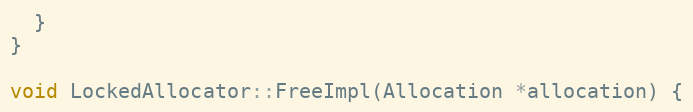
Language: C++
  }
}

void LockedAllocator::FreeImpl(Allocation *allocation) {